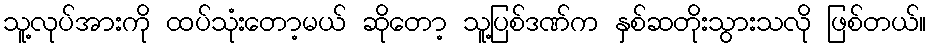
သူ့လုပ်အားကို ထပ်သုံးတော့မယ် ဆိုတော့ သူ့ပြစ်ဒဏ်က နှစ်ဆတိုးသွားသလို ဖြစ်တယ်။